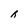
Character: h